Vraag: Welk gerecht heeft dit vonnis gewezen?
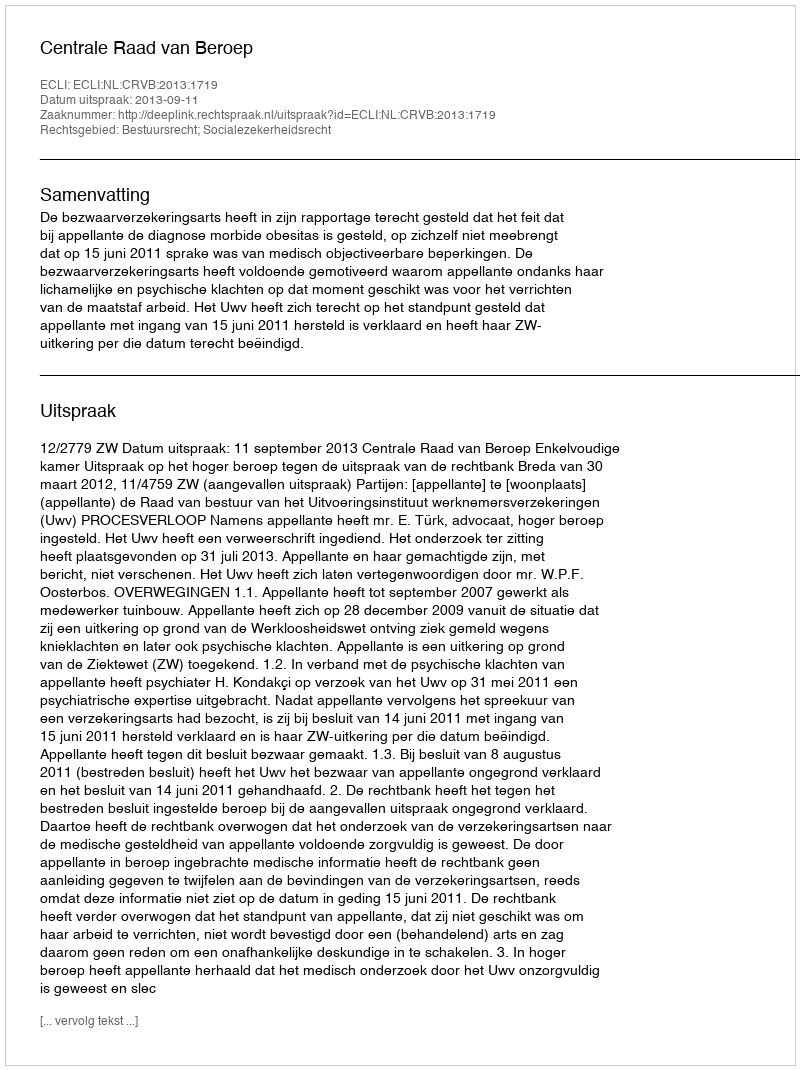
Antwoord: Centrale Raad van Beroep